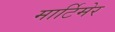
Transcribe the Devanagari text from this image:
मार्टिमेर